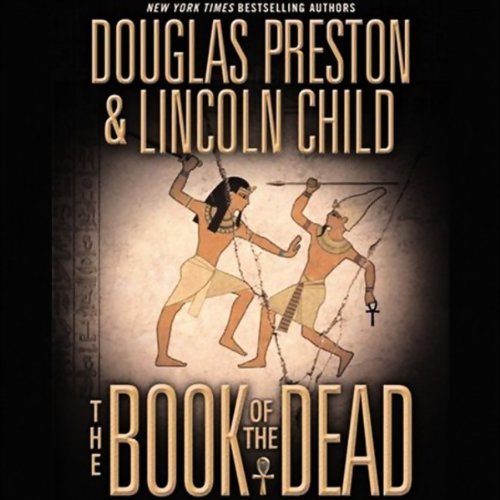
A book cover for The Book of the Dead; Douglas Preston; History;